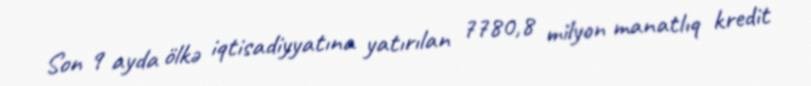
Son 9 ayda ölkə iqtisadiyyatına yatırılan 7780,8 milyon manatlıq kredit